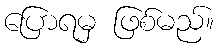
ပြောရမှ ဖြစ်မည်။